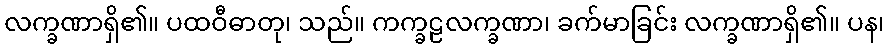
လက္ခဏာရှိ၏။ ပထဝီဓာတု၊ သည်။ ကက္ခဠလက္ခဏာ၊ ခက်မာခြင်း လက္ခဏာရှိ၏။ ပန၊